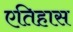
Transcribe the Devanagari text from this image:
एतिहास